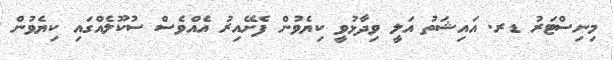
މިނިސްޓަރު ޑރ. އައިޝަތު އަލީ ވިދާޅުވީ ކިޔެވުން ފެށޭއިރު އެއްވެސް ސުކޫލެއްގައި ކިޔެވުން